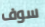
سوف